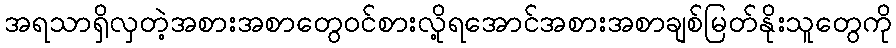
အရသာရှိလှတဲ့အစားအစာတွေဝင်စားလို့ရအောင်အစားအစာချစ်မြတ်နိုးသူတွေကို